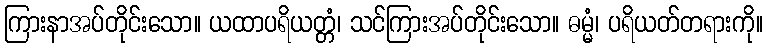
ကြားနာအပ်တိုင်းသော။ ယထာပရိယတ္တံ၊ သင်ကြားအပ်တိုင်းသော။ ဓမ္မံ၊ ပရိယတ်တရားကို။